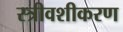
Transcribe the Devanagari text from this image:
स्त्रीवशीकरण